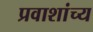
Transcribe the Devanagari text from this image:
प्रवाशांच्य